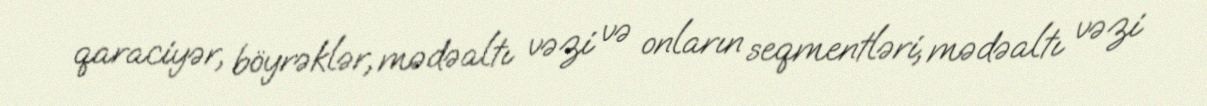
qaraciyər, böyrəklər, mədəaltı vəzi və onların seqmentləri, mədəaltı vəzi